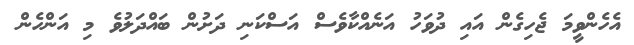
އެހެންވީމަ ޖެހިގެން އައި ދުވަހު އަނެއްކާވެސް އަސްކަނި ދަށުން ބައްދަލުވެ މި އަންހެން